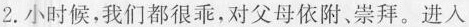
2. 小时候，我们都很乖，对父母依附、崇拜。进入